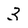
Character: 3